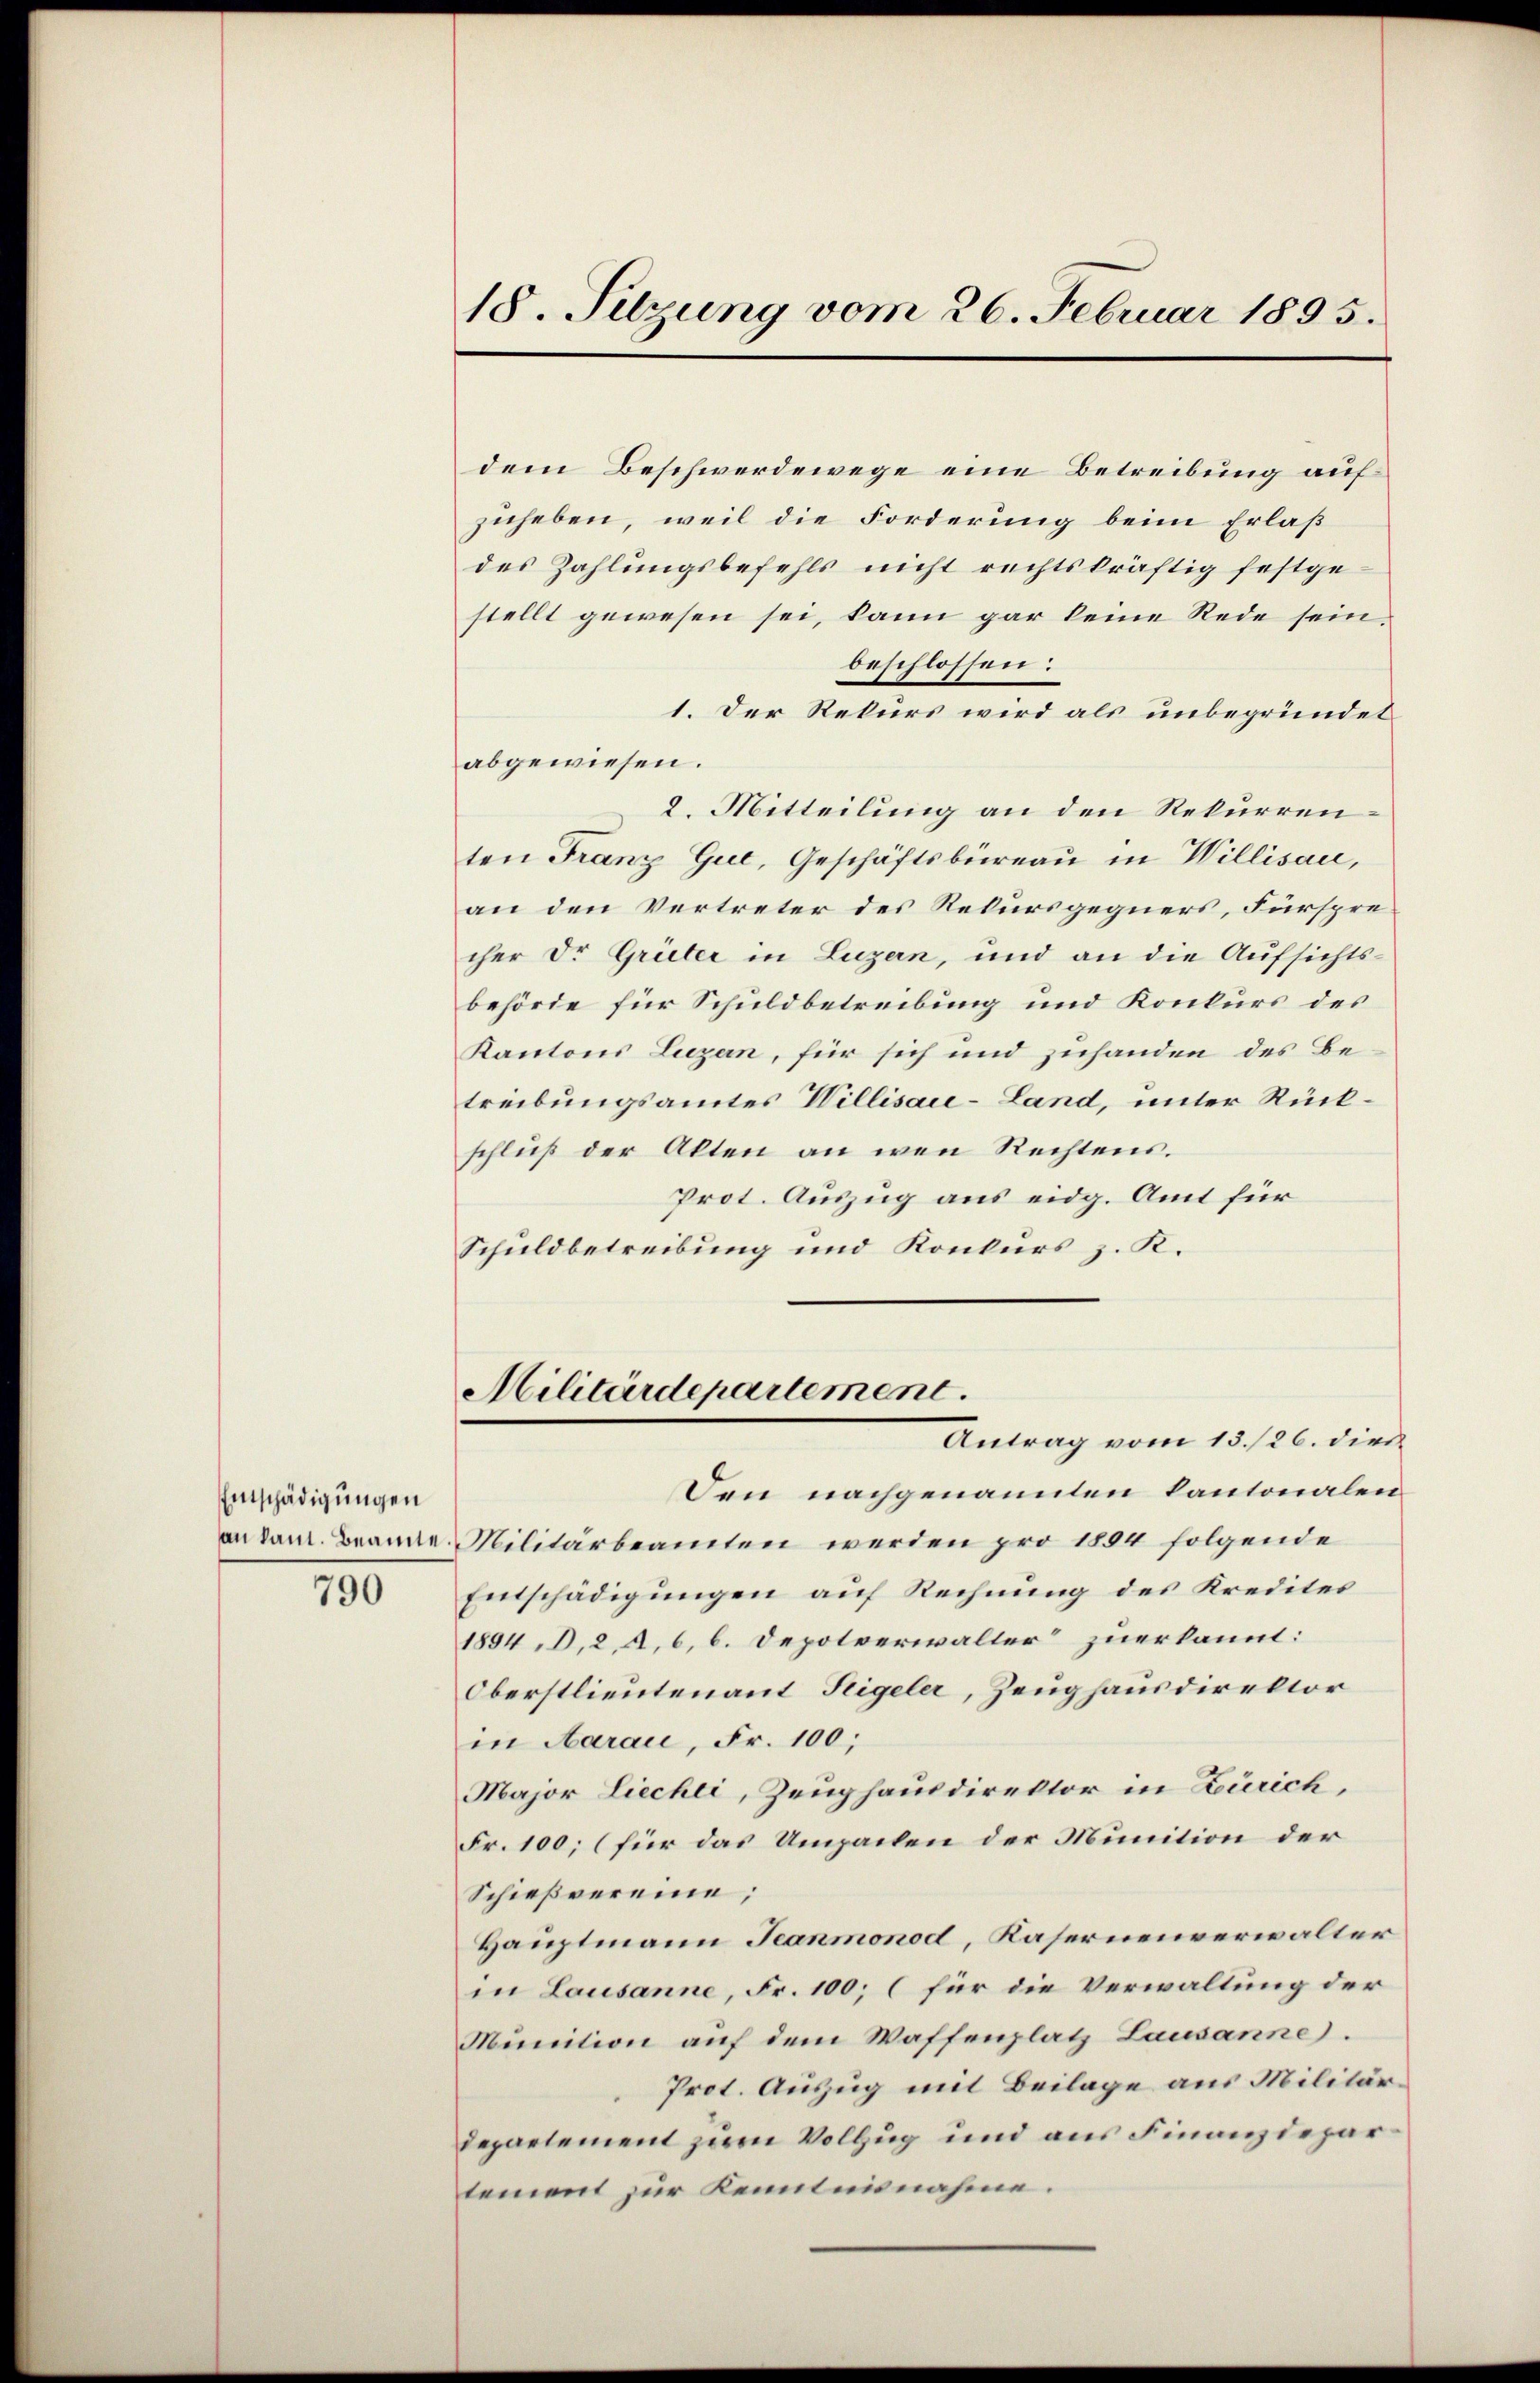
Entschädigungen

790

18. Sitzung vom 26. Februar 1895.

dem Beschwerdewege eine Betreibung aufzuheben, weil die Forderung beim Erlaß
des Zahlungsbefehls nicht rechtskräftig festgestellt gewesen sei, kann gar keine Rede sein.
beschlossen:
1. Der Rekurs wird als unbegründet
abgewiesen.
2. Mitteilung an den Rekurrenten Franz Gue, Geschäftsbüreau in Willisau,
an den Vertreter des Rekursgegners, Fürsprecher Dr. Grüter in Luzern, und an die Aufsichtsbehörde für Schuldbetreibung und Konkurs des
Kantons Luzern, für sich und zuhanden des Betreibungsamtes Willisau-Land, unter Rückschluß der Akten an wen Rechtens.
Prot. Auszug aus eidg. Amt für
Schuldbetreibung und Konkurs z. K.

Militärdepartement.
Antrag vom 13./26. dies

Den nachgenannten Kantonalen
an kam. Branne. Militärbeamten werden pro 1884 folgende
Entschädigungen auf Rechnung des Kredites
1894 D,2 A.6, 6. Depotverwalter zuerkannt:
Oberstlieutenant Teigeler, Zeughausdirektor
in Aarau, Fr. 100;
Major Liechti, Zeughausdirektor in Zürich,
Fr. 100; (für das Umpachen der Munition der
Schießvereine;
Hauptmann Jeanmonod, Kasernenverwalter
in Lausanne, Fr. 100; (für die Verwaltung der
Munition auf dem Waffenplatz Lausanne.
Prot. Auszug mit Beilage aus Militär¬
Departement zum Vollzug und aus Finanzdepartement zur Kenntnisnahme.